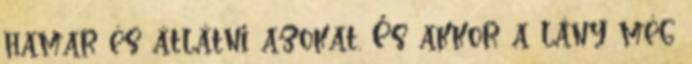
hamar és átlátni azokat. És akkor a lány még